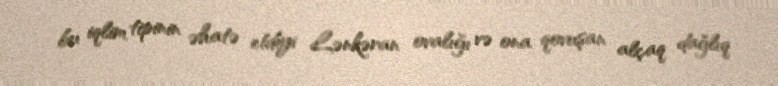
bu iqlim tipinin əhatə etdiyi Lənkəran ovalığı və ona qovuşan alçaq dağlıq